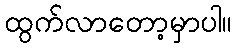
ထွက်လာတော့မှာပါ။